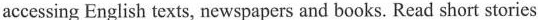
accessing English texts, newspapers and books. Read short stories